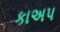
કાઅપ